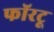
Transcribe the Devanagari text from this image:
फॉरटू